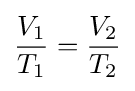
{\frac {V_{1}}{T_{1}}}={\frac {V_{2}}{T_{2}}}